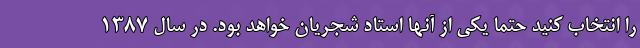
را انتخاب کنید حتما یکی از آنها استاد شجریان خواهد بود. در سال 1387